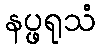
နပ္ဖရုသံ